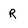
Character: R